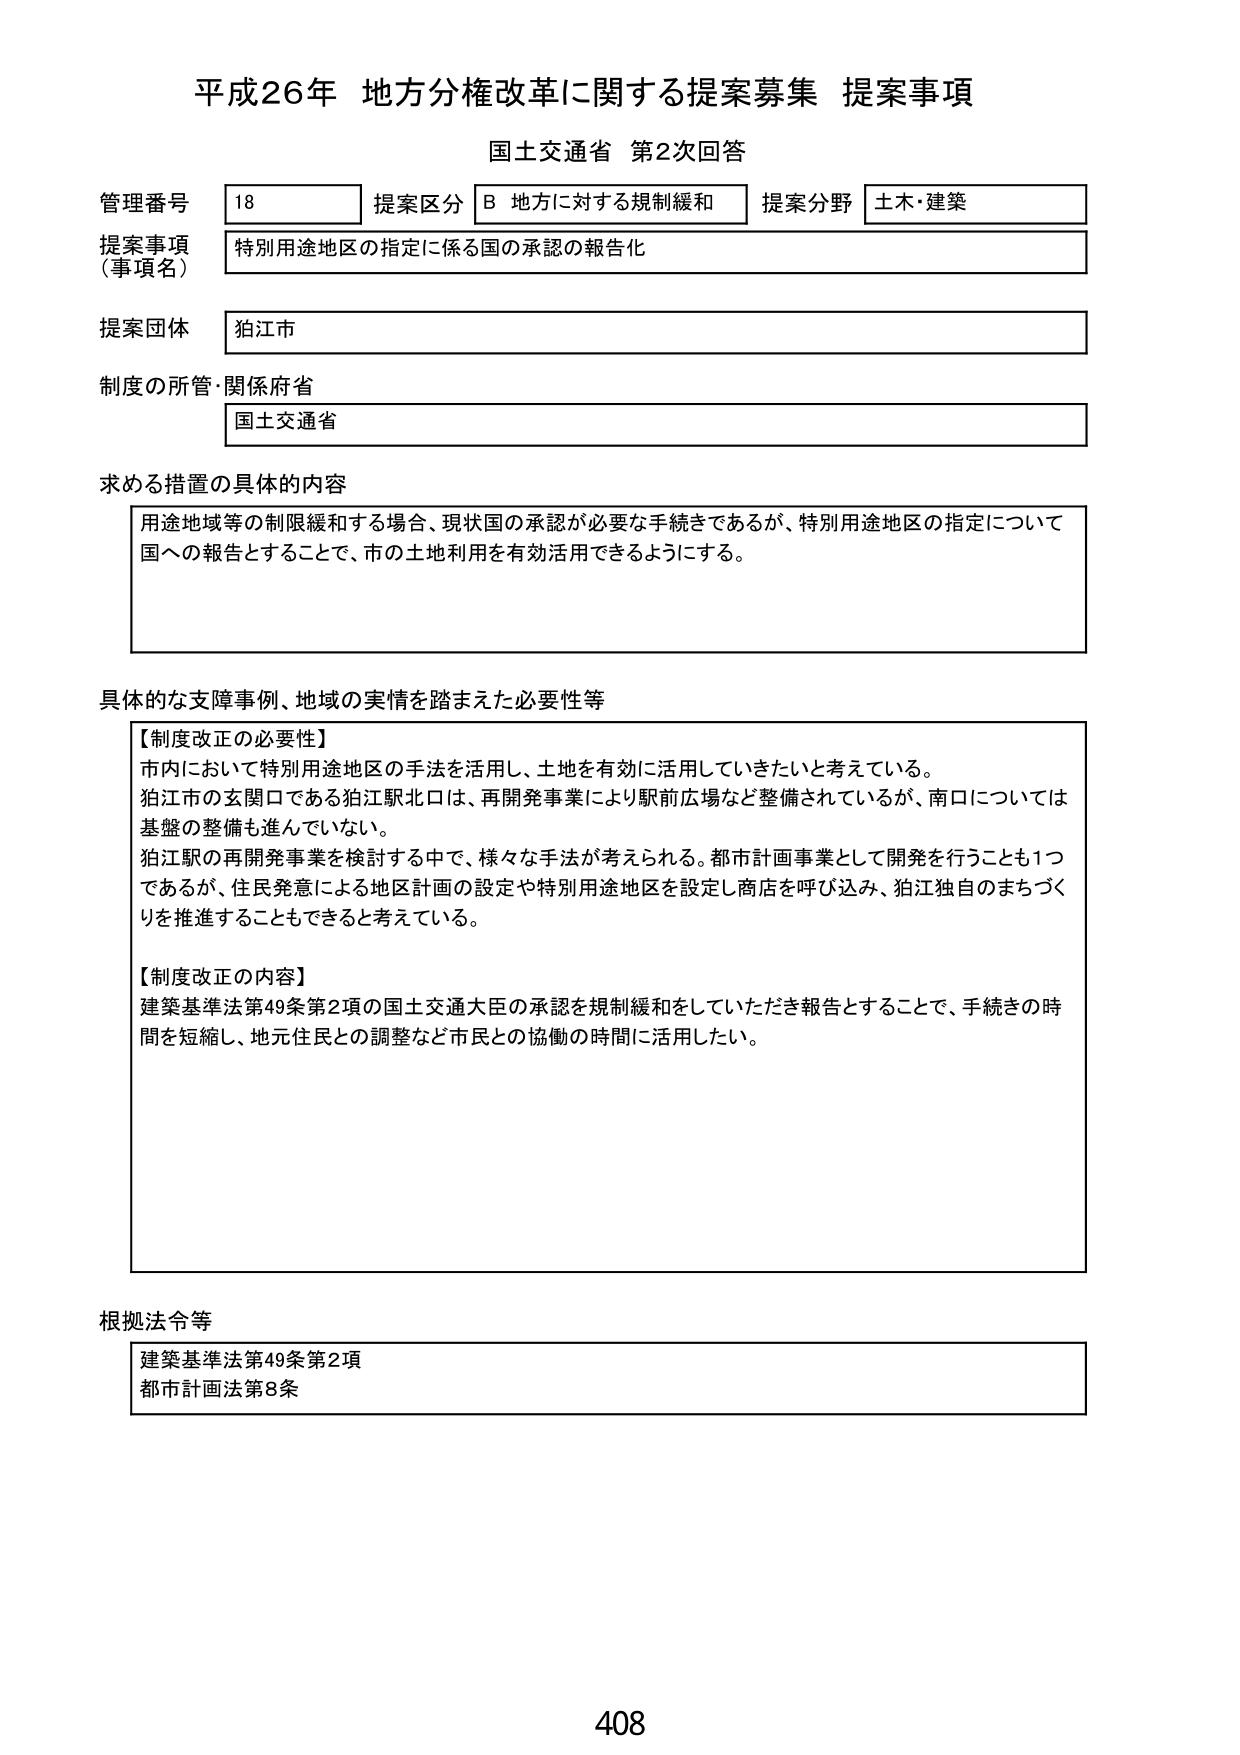
平成26年 地方分権改革に関する提案募集 提案事項
国土交通省 第2次回答

管理番号 18
提案区分 B 地方に対する規制緩和
提案分野 土木・建築

提案事項（事項名）
特別用途地区の指定に係る国の承認の報告化

提案団体
狛江市

制度の所管・関係府省
国土交通省

求める措置の具体的な内容
用途地域等の制限緩和する場合、現状国の承認が必要な手続きであるが、特別用途地区の指定について国への報告とすることで、市の土地利用を有効活用できるようにする。

具体的な支障事例、地域の実情を踏まえた必要性等
【制度改正の必要性】
市内において特別用途地区の手法を活用し、土地を有効に活用していきたいと考えている。
狛江市の玄関口である狛江駅北口は、再開発事業により駅前広場など整備されているが、南口については基盤の整備も進んでいない。
狛江駅の再開発事業を検討する中で、様々な手法が考えられる。都市計画事業として開発を行うことも1つであるが、住民発意による地区計画の設定や特別用途地区を設定し商店を呼び込み、狛江独自のまちづくりを推進することもできると考えている。

【制度改正の内容】
建築基準法第49条第2項の国土交通大臣の承認を規制緩和をしていただき報告とすることで、手続きの時間を短縮し、地元住民との調整など市民との協働の時間に活用したい。

根拠法令等
建築基準法第49条第2項
都市計画法第8条

408